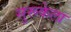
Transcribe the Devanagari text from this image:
सुरूकेला